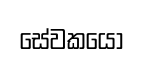
සේවකයො